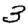
Digit: 3